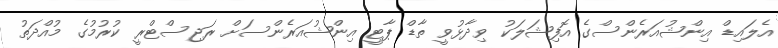
އެލައިޑް އިންޝުއަރެންސްގެ އޮފިޝަލަކު ވިދާޅުވީ ތާޑް ޕާޓީ އިންޝުއަރެންސަށް ރަޖިސްޓްރީ ކުރުމުގެ މުއްދަތު